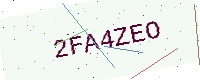
Text: 2FA4ZEO